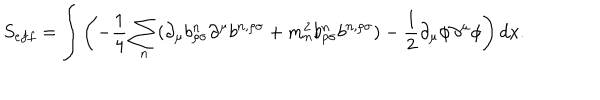
S _ { e f f } = \int \left( - \frac { 1 } { 4 } \sum _ { n } ( \partial _ { \mu } b _ { \rho \sigma } ^ { n } \partial ^ { \mu } b ^ { n , \rho \sigma } + { m _ { n } ^ { 2 } } b _ { \rho \sigma } ^ { n } b ^ { n , \rho \sigma } ) - \frac { 1 } { 2 } \partial _ { \mu } \phi \partial ^ { \mu } \phi \right) d x .